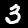
Digit: 3